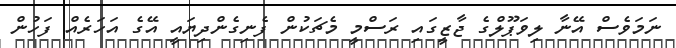
ނަމަވެސް އޭނާ ލިވަޕޫލްގެ ޖާޒީގައި ރަސްމީ މެޗަކުން ފެނިގެންދިޔައީ އޭގެ އަހަރެއް ފަހުން